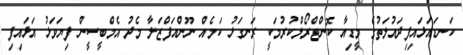
ކަނޑައަޅައިފިދައުލަތުގެ މީޑިއާ ކޮންޓްރޯލްކުރުމަކީ ރަނގަޅު ކަމެއް ނޫންއަފްޒަލާ މެދު އެމްބީސީން ފިޔަވަޅު އަޅައިފި